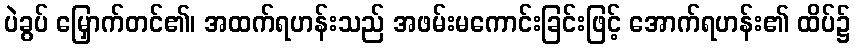
ပဲခွပ် မြှောက်တင်၏၊ အထက်ရဟန်းသည် အဖမ်းမကောင်းခြင်းဖြင့် အောက်ရဟန်း၏ ထိပ်၌